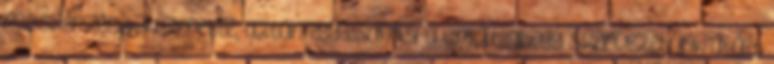
rosszérzések közepette, aztán egy csapásra elmúlt, ahogy szervezetünk átállt